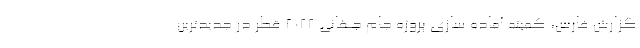
گزارش فارس، کمیته آماده سازی پروژه جام جهانی 2022 قطر در جدیدترین